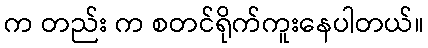
က တည်း က စတင်ရိုက်ကူးနေပါတယ်။